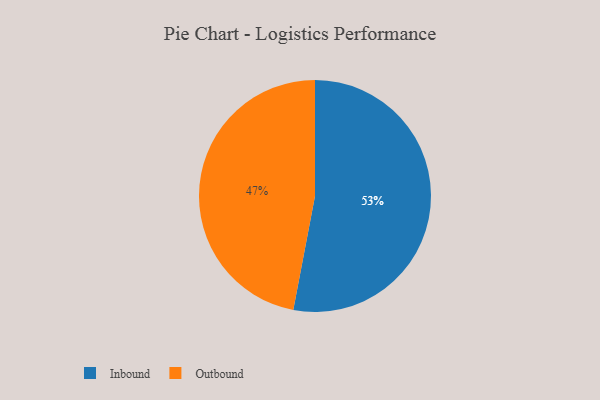
{"axis": {"x": "Category", "y": "Percentage"}, "legend": ["Inbound", "Outbound"], "data": [{"x": "Inbound", "y": 53, "type": "Inbound"}, {"x": "Outbound", "y": 47, "type": "Outbound"}]}